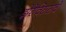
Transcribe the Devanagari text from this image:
झेरेक्सिसचे